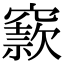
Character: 窾